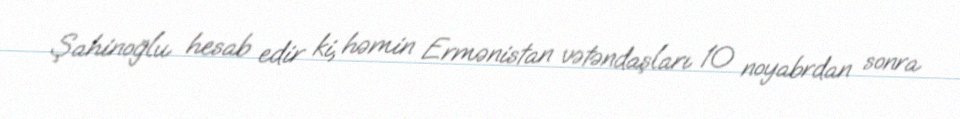
Şahinoğlu hesab edir ki, həmin Ermənistan vətəndaşları 10 noyabrdan sonra